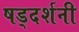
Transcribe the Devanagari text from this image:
षड्दर्शनी